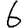
Digit: 6